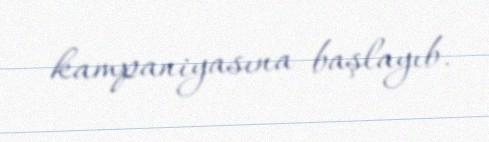
kampaniyasına başlayıb.